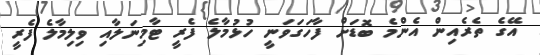
އޭގެ ތެރެއިން އެންމެ ބޮޑަށް ފާހަގަވަނީ ހުޅުމާލެ ފެރީ ޓާމިނަލާއި ވިލިމާލެ ފެރީ